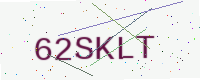
Text: 62SKLT